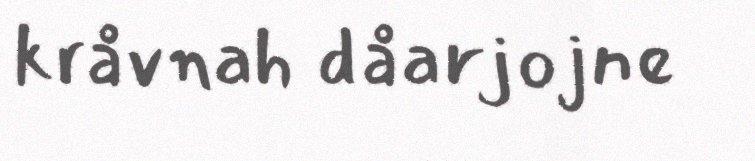
kråvnah dåarjojne